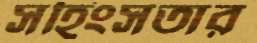
সহিংসতার